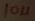
Text: 10µ